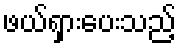
ဖယ်ရှားပေးသည့်